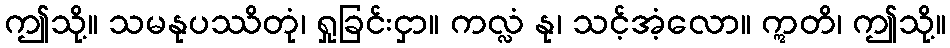
ဤသို့။ သမနုပဿိတုံ၊ ရှုခြင်းငှာ။ ကလ္လံ နု၊ သင့်အံ့လော။ ဣတိ၊ ဤသို့။